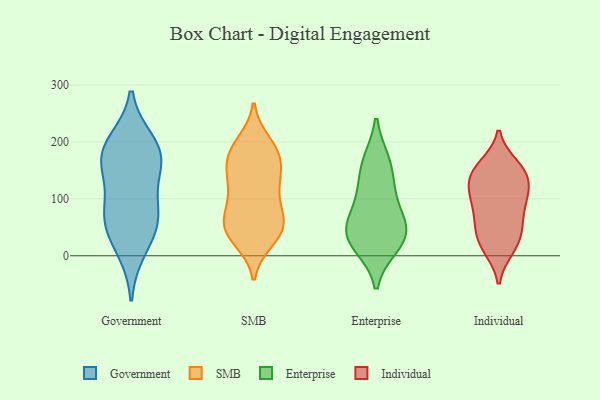
{"axis": {"x": "Gross Profit (USD K)", "y": "Value"}, "legend": ["Enterprise", "Government", "Individual", "SMB"], "data": [{"x": "", "y": 77, "type": "Government"}, {"x": "", "y": 159, "type": "Government"}, {"x": "", "y": 59, "type": "Government"}, {"x": "", "y": 11, "type": "Government"}, {"x": "", "y": 50, "type": "Government"}, {"x": "", "y": 191, "type": "Government"}, {"x": "", "y": 167, "type": "Government"}, {"x": "", "y": 90, "type": "Government"}, {"x": "", "y": 166, "type": "Government"}, {"x": "", "y": 199, "type": "Government"}, {"x": "", "y": 162, "type": "SMB"}, {"x": "", "y": 31, "type": "SMB"}, {"x": "", "y": 126, "type": "SMB"}, {"x": "", "y": 65, "type": "SMB"}, {"x": "", "y": 42, "type": "SMB"}, {"x": "", "y": 193, "type": "SMB"}, {"x": "", "y": 173, "type": "SMB"}, {"x": "", "y": 67, "type": "SMB"}, {"x": "", "y": 119, "type": "SMB"}, {"x": "", "y": 198, "type": "SMB"}, {"x": "", "y": 93, "type": "SMB"}, {"x": "", "y": 177, "type": "SMB"}, {"x": "", "y": 28, "type": "SMB"}, {"x": "", "y": 142, "type": "SMB"}, {"x": "", "y": 51, "type": "SMB"}, {"x": "", "y": 56, "type": "SMB"}, {"x": "", "y": 121, "type": "SMB"}, {"x": "", "y": 175, "type": "SMB"}, {"x": "", "y": 53, "type": "SMB"}, {"x": "", "y": 17, "type": "Enterprise"}, {"x": "", "y": 166, "type": "Enterprise"}, {"x": "", "y": 112, "type": "Enterprise"}, {"x": "", "y": 109, "type": "Enterprise"}, {"x": "", "y": 163, "type": "Enterprise"}, {"x": "", "y": 37, "type": "Enterprise"}, {"x": "", "y": 53, "type": "Enterprise"}, {"x": "", "y": 47, "type": "Enterprise"}, {"x": "", "y": 19, "type": "Enterprise"}, {"x": "", "y": 59, "type": "Enterprise"}, {"x": "", "y": 160, "type": "Individual"}, {"x": "", "y": 108, "type": "Individual"}, {"x": "", "y": 89, "type": "Individual"}, {"x": "", "y": 53, "type": "Individual"}, {"x": "", "y": 13, "type": "Individual"}, {"x": "", "y": 160, "type": "Individual"}, {"x": "", "y": 45, "type": "Individual"}, {"x": "", "y": 95, "type": "Individual"}, {"x": "", "y": 147, "type": "Individual"}, {"x": "", "y": 145, "type": "Individual"}, {"x": "", "y": 17, "type": "Individual"}, {"x": "", "y": 132, "type": "Individual"}, {"x": "", "y": 120, "type": "Individual"}, {"x": "", "y": 144, "type": "Individual"}, {"x": "", "y": 45, "type": "Individual"}, {"x": "", "y": 11, "type": "Individual"}, {"x": "", "y": 88, "type": "Individual"}, {"x": "", "y": 112, "type": "Individual"}, {"x": "", "y": 55, "type": "Individual"}]}